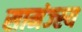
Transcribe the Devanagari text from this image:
सामंज्स्य